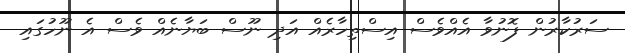
ސަރުކާރުން ފޮނުވާ އެއްވެސް އިސްތިހާރެއް އަދި ނޫސް ބަޔާނެއް ވެސް އެ ނޫހުގައި